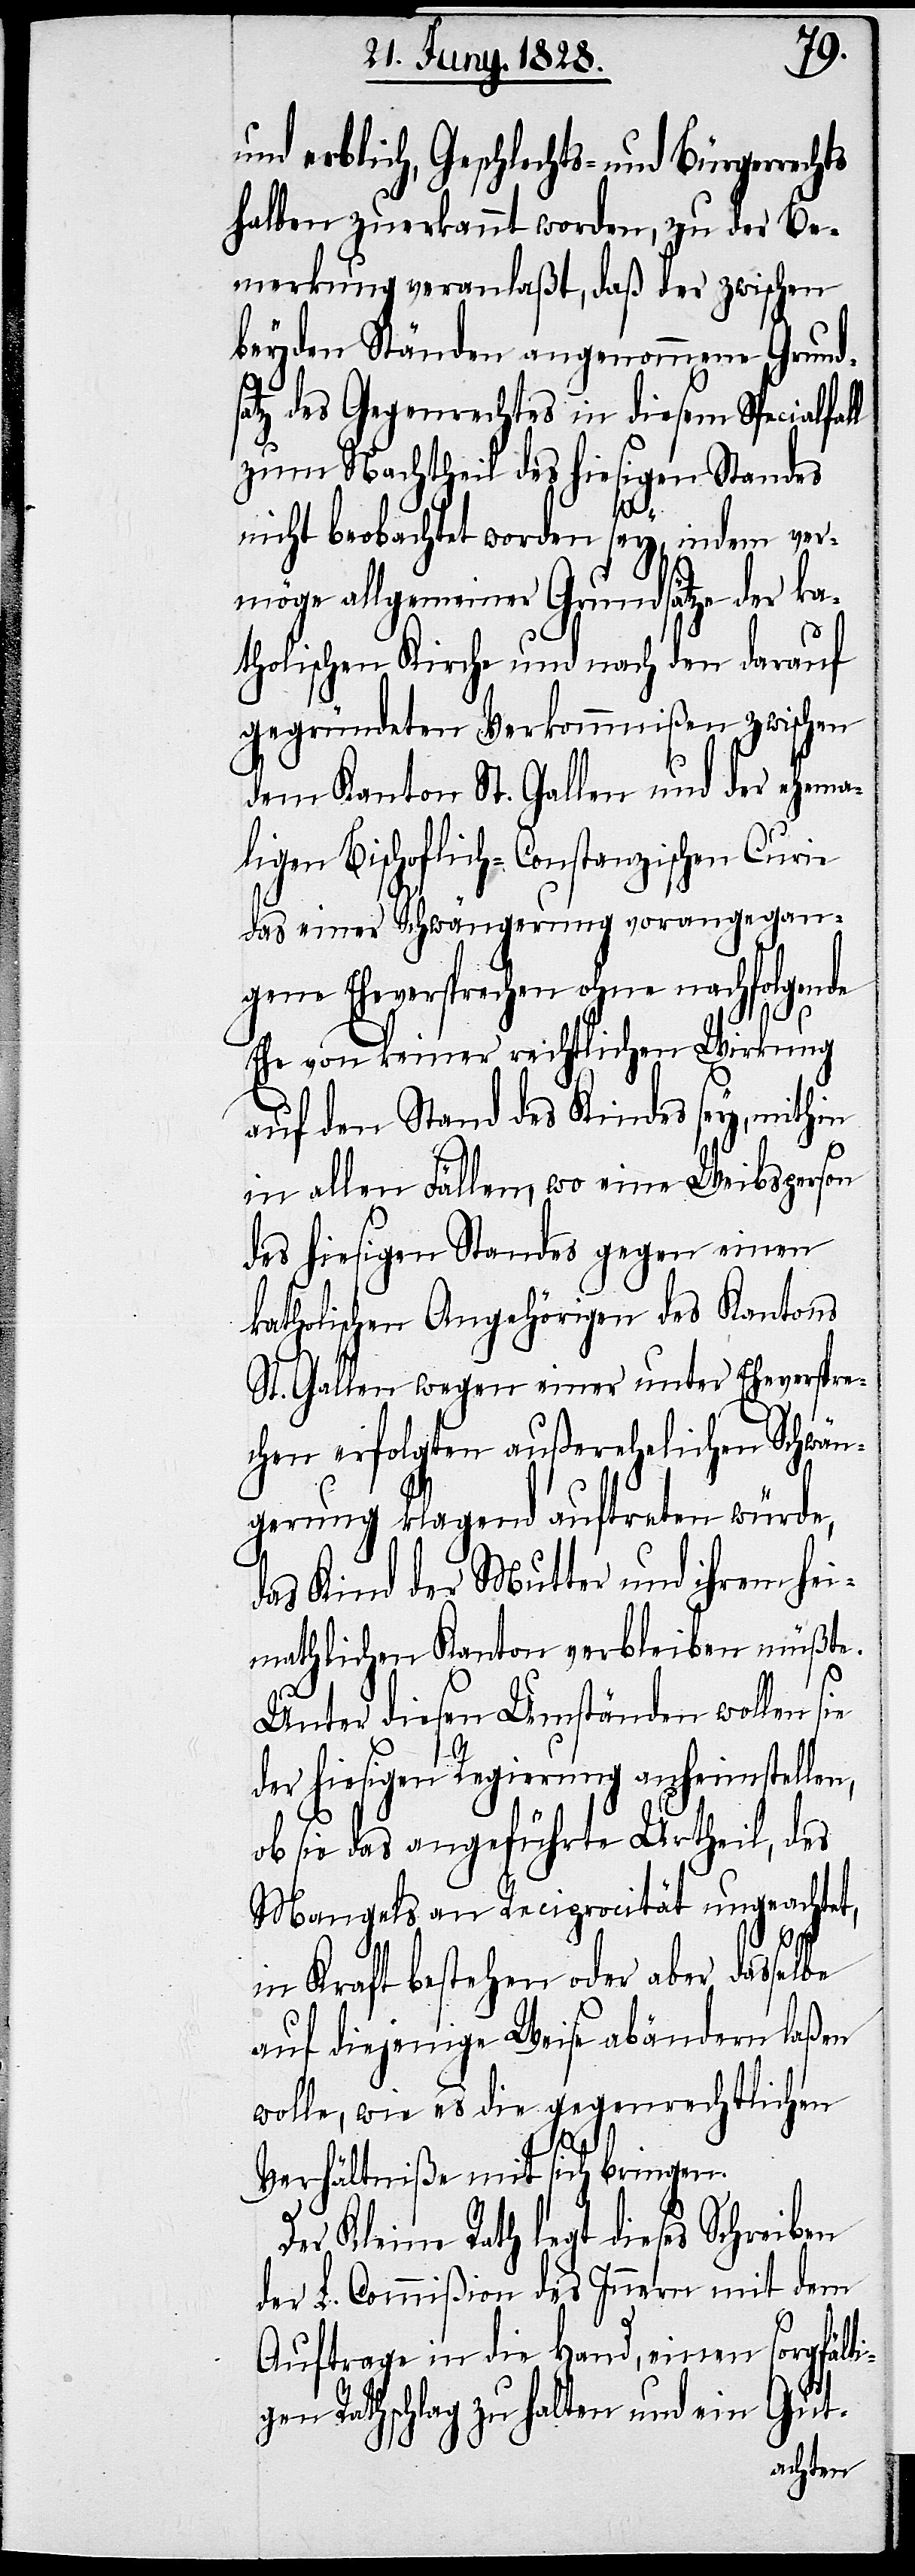
und erblich, Geschlechts- und Bürgerrech¬
halben zuerkannt worden, zu der Be¬
merkung veranlaßt, daß der zwischen
beyden Ständen angenommene Grunds¬
atz des Gegenrechtes in diesem Spezialfal¬
zum Nachtheil des hiesigen Standes
nicht beobachtet worden sey, indem ver¬
möge allgemeiner Grundsätze der ka¬
tholischen Kirche und nach den darauf
gegründeten Verkommnißen zwischen
dem Kanton St. Gallen und der ehema¬
ligen Bischoflich-Constanzischen Curie
das einer Schwängerung vorangegan¬
gene Eheversprechen ohne nachfolgen¬
Ehe von keiner rechtlichen Wirkung
auf den Stand des Kindes sey, mithin
in allen Fällen, wo eine Weibsperson
des hiesigen Standes gegen einen
katholischen Angehörigen des Kantons
St. Gallen wegen einer unter Eheverspre¬
chen erfolgten außerehelichen Schwän¬
gerung klagend auftreten würde,
das Kind der Mutter und ihrem hei¬
mathlichen Kanton verbleiben müßte.
Unter diesen Umständen wollen sie
der hiesigen Regierung anheimstellen,
ob sie das angeführte Urtheil, des
Mangels an Reciprocität ungeachtet,
in Kraft bestehen oder aber dasselbe
auf diejenige Weise abändern laßen
wolle, wie es die gegenrechtlichen
de
Verhältniße mit sich bringen.
Der Kleine Rath legt dieses Schreiben
der L. Commißion des Innern mit dem
Auftrage in die Hand, einen sorgfälti¬
Gut-
gen Rathschlag zu halten und ein